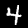
Label: 4